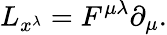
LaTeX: L_{x^{\lambda}}=F^{\mu\lambda}\partial_{\mu}.